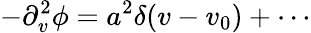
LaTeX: -\partial_{v}^{2}\phi=a^{2}\delta(v-v_{0})+\cdots